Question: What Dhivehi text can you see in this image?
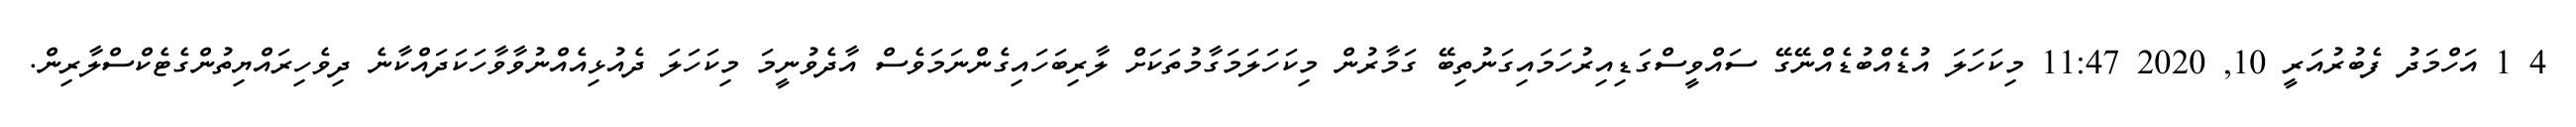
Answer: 4 1 އަހްމަދު ފެބުރުއަރީ 10, 2020 11:47 މިކަހަލަ އުޑެއްބުޑެއްނޭގޭ ސައްވީސްގަޑިއިރުހަމައިގަނުތިބޭ ގަމާރުން މިކަހަލަމަގާމުތަކަށް ލާރިބަހައިގެންނަމަވެސް އާދެވުނީމަ މިކަހަލަ ދެއުޅިއެއްނުވާވާހަކަދައްކާނެ ދިވެހިރައްޔިތުންގެޓެކްސްލާރިން.